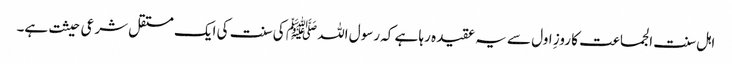
اہل سنت الجماعت کا روزِ اول سے یہ عقیدہ رہا ہے کہ رسول اللہ ﷺ کی سنت کی ایک مستقل شرعی حیثت ہے۔